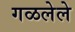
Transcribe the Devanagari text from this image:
गळलेले